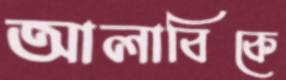
আলাবিকে